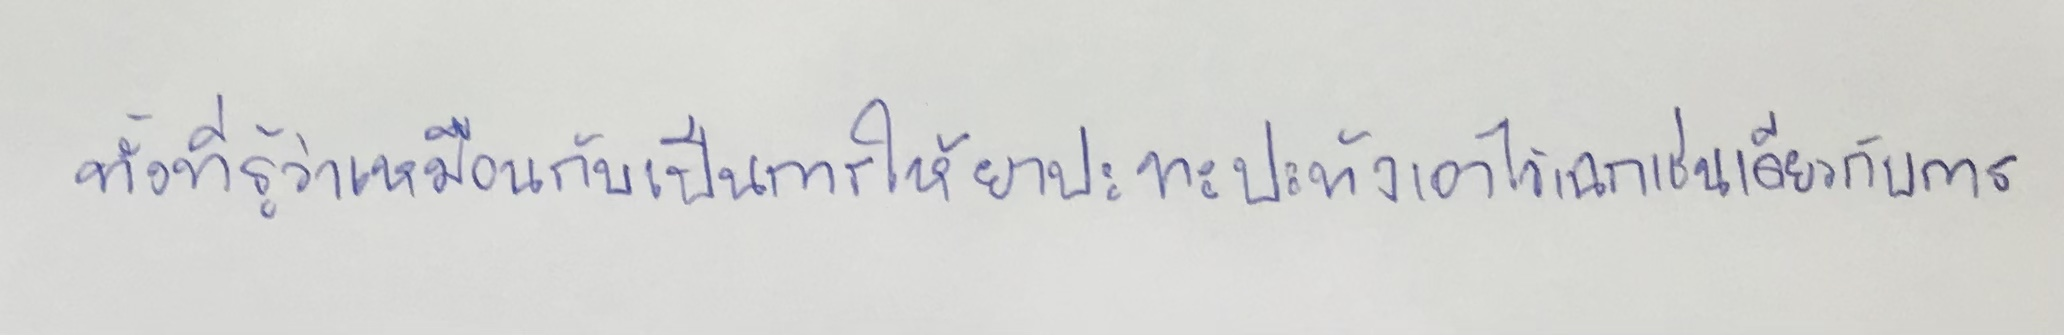
ทั้งที่รู้ว่าเหมือนกับเป็นการให้ยาปะทะปะทังเอาไว้เฉกเช่นเดียวกับการ